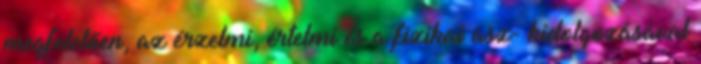
megfelelően, az érzelmi, értelmi és a fizikai asz- kidolgozásával